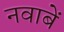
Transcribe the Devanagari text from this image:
नवाबें